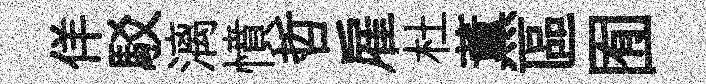
佯駁漓憤哲雇杜薫區囿